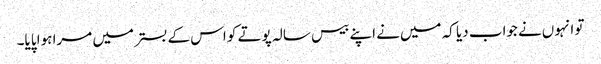
تو انہوں‌نے جواب دیا کہ میں‌نے اپنے بیس سالہ پوتے کو اس کے بستر میں‌ مرا ہوا پایا۔